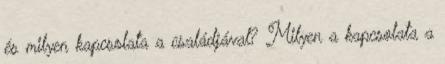
és milyen kapcsolata a családjával? Milyen a kapcsolata a